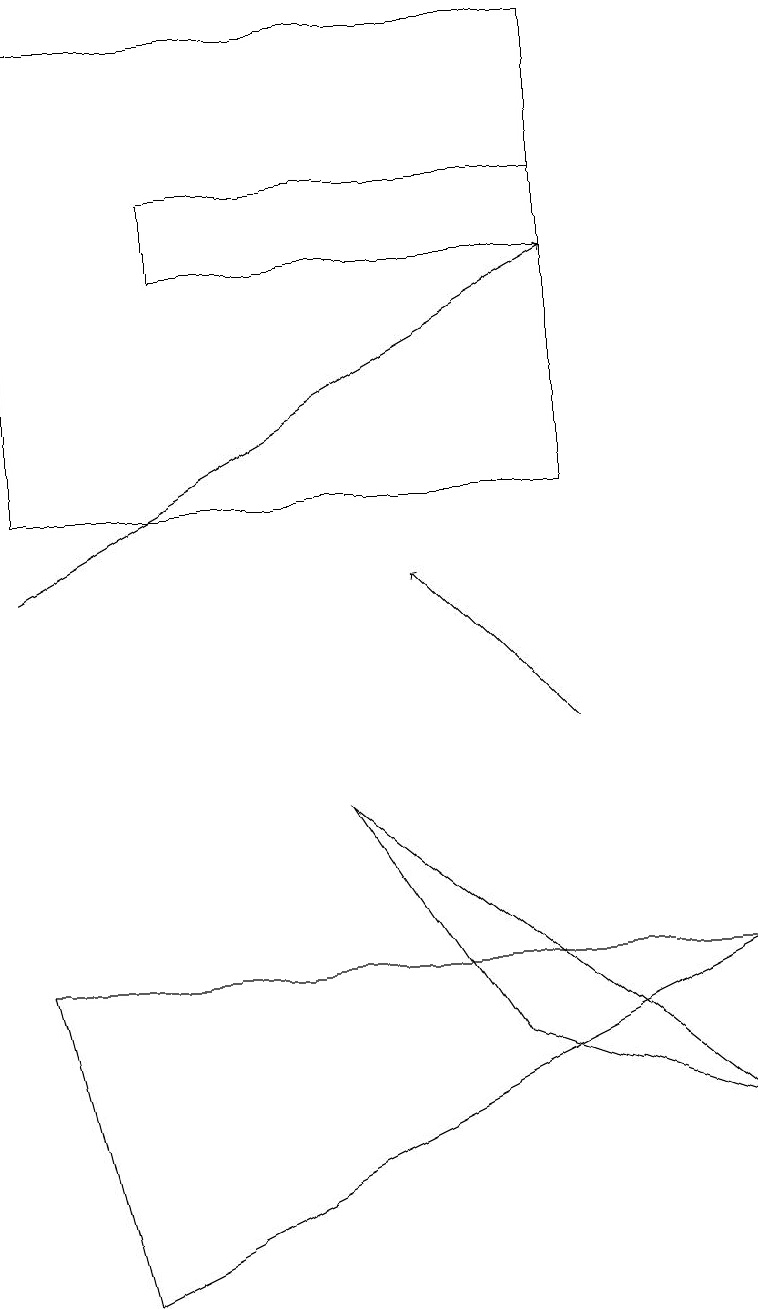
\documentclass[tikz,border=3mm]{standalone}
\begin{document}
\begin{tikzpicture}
\draw[->] (0,12) -- (7,16);
\draw (2,16) rectangle (7,17);
\draw (7,13) rectangle (0,19);
\draw (4,9) -- (9,5) -- (6,6) -- cycle;
\draw (0,7) -- (9,7) -- (1,3) -- cycle;
\draw[->] (7,10) -- (5,12);
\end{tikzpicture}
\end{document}